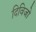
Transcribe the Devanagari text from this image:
दिविजो